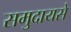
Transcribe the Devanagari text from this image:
समुदायसे